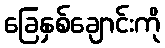
ခြေနှစ်ချောင်းကို